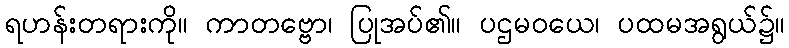
ရဟန်းတရားကို။ ကာတဗ္ဗော၊ ပြုအပ်၏။ ပဌမဝယေ၊ ပထမအရွယ်၌။